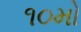
૧૦મો